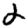
Digit: 2